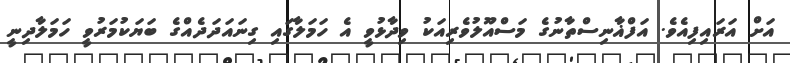
އަށް އަރައިފިއެވެ. އަފްޣާނިސްތާނުގެ މަސްއޫލުވެރިއަކު ވިދާޅުވީ އެ ހަމަލާގައި ގިނައަދަދެއްގެ ބަޔަކުމަރުވީ ހަމަލާދިނީ